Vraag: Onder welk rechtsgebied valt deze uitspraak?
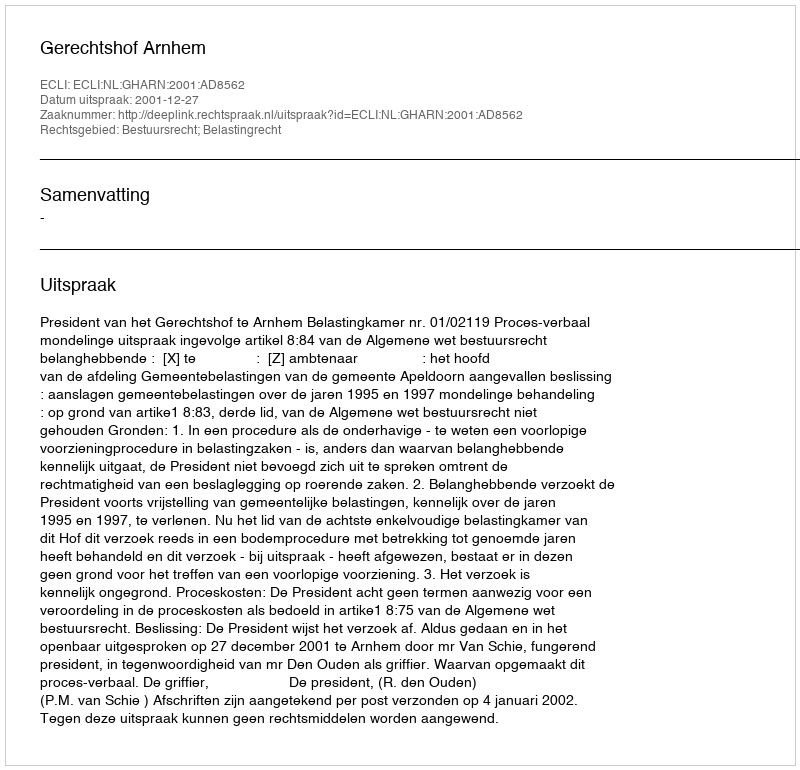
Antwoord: Bestuursrecht; Belastingrecht